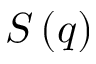
S \left( q \right)